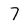
Character: 7